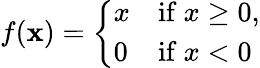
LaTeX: f(\mathbf{x})={\left\{ \begin{array}{ll}{x}&{{\mathrm{if~}}x\geq 0,}\\ {0}&{{\mathrm{if~}}x<0}\end{array}\right.}